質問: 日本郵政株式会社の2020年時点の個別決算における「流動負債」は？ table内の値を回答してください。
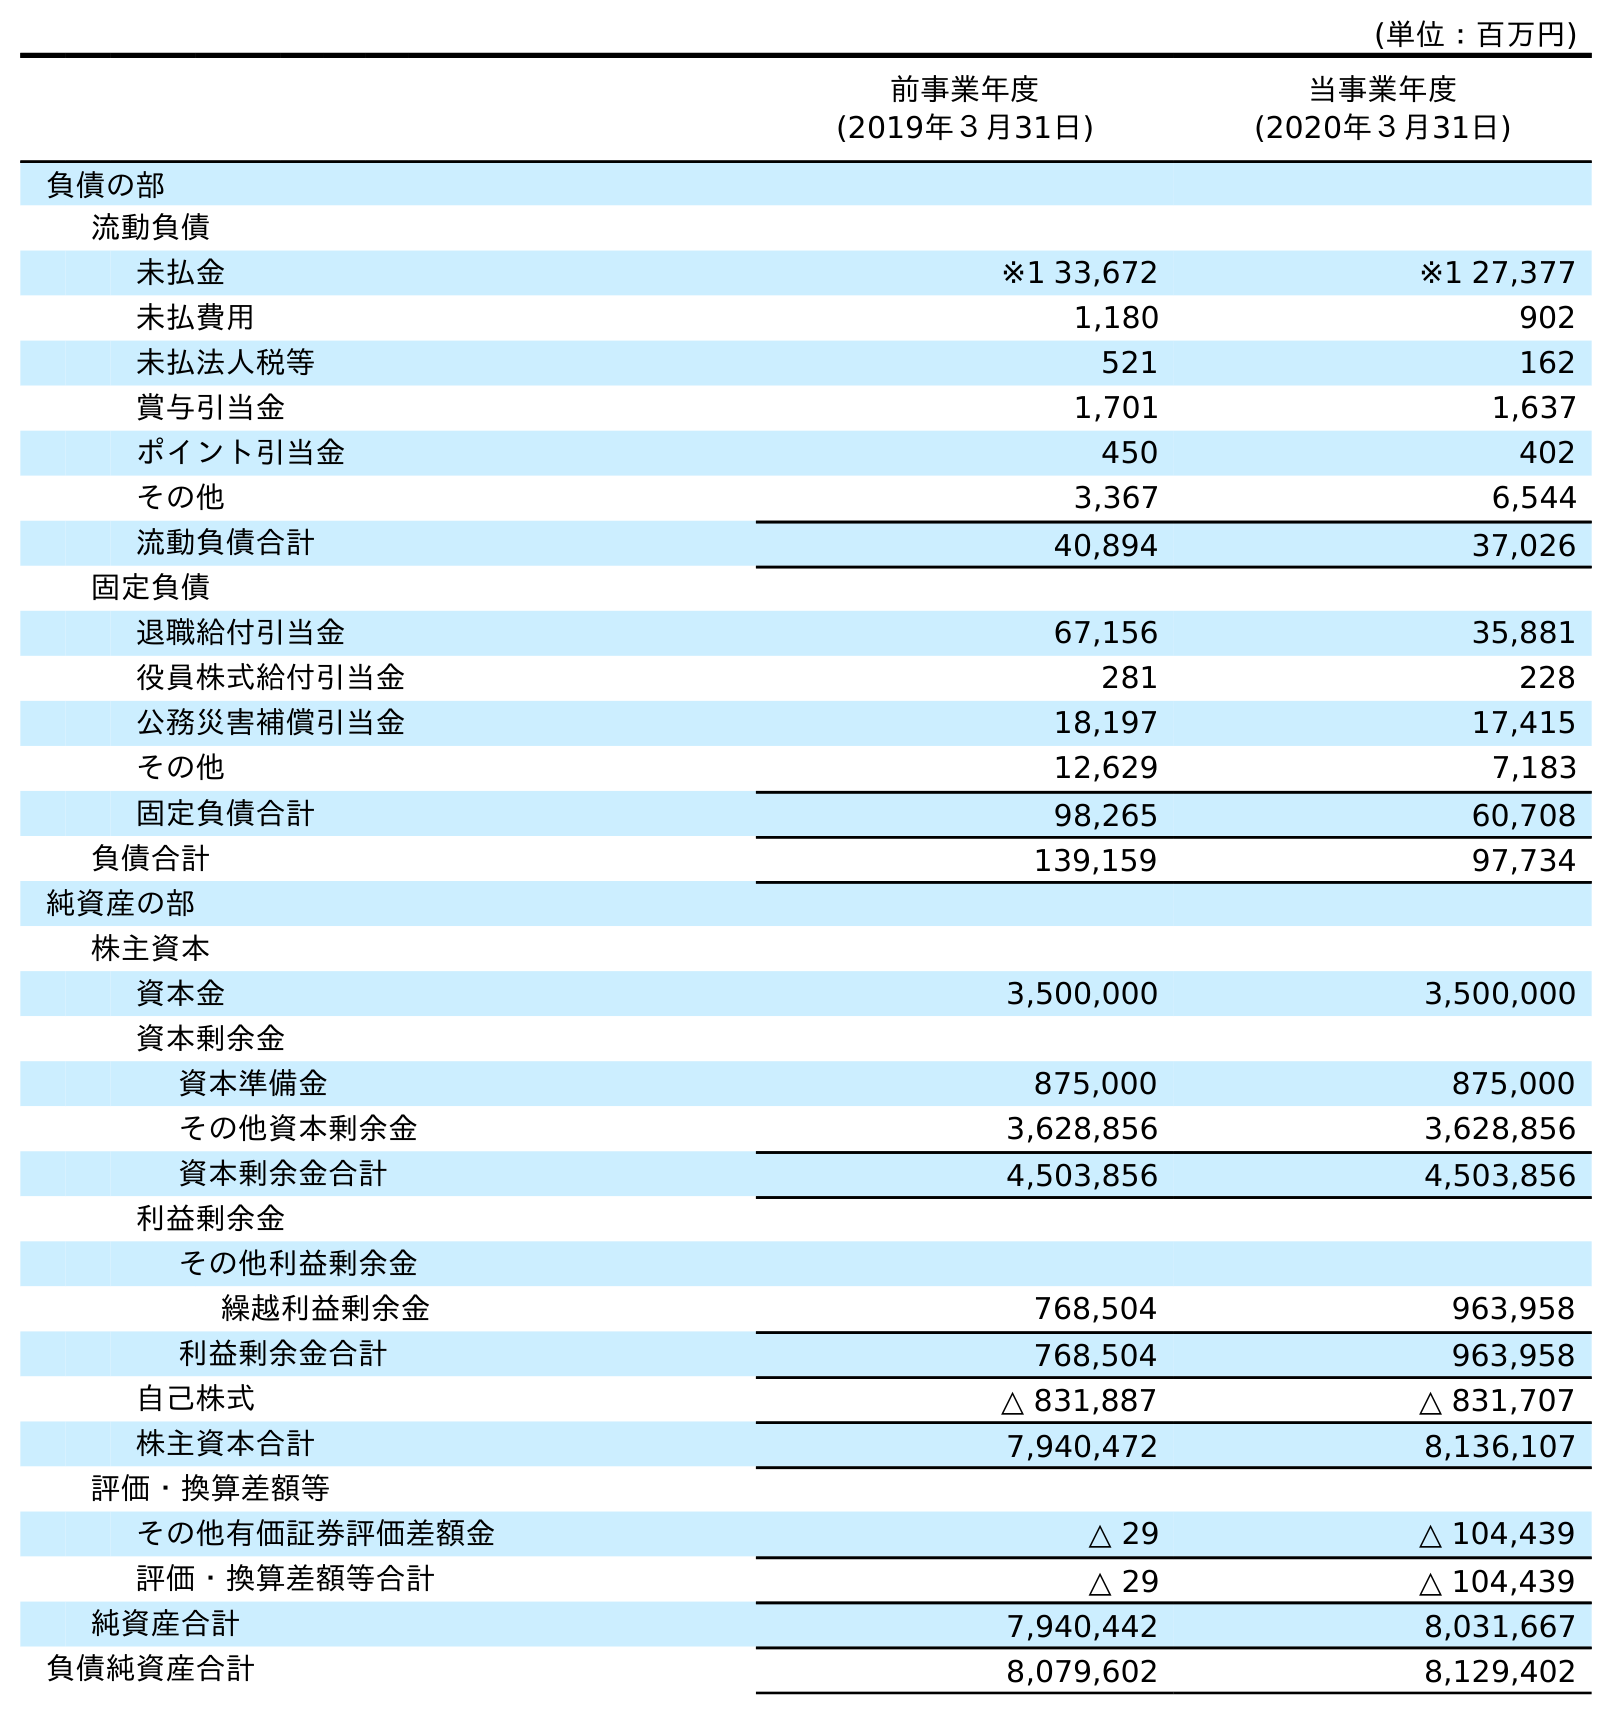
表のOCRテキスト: (単位：百万円) 前事業年度 (2019年３月31日) 当事業年度 (2020年３月31日) 負債の部 流動負債 未払金 ※1 33,672 ※1 27,377 未払費用 1,180 902 未払法人税等 521 162 賞与引当金 1,701 1,637 ポイント引当金 450 402 その他 3,367 6,544 流動負債合計 40,894 37,026 固定負債 退職給付引当金 67,156 35,881 役員株式給付引当金 281 228 公務災害補償引当金 18,197 17,415 その他 12,629 7,183 固定負債合計 98,265 60,708 負債合計 139,159 97,734 純資産の部 株主資本 資本金 3,500,000 3,500,000 資本剰余金 資本準備金 875,000 875,000 その他資本剰余金 3,628,856 3,628,856 資本剰余金合計 4,503,856 4,503,856 利益剰余金 その他利益剰余金 繰越利益剰余金 768,504 963,958 利益剰余金合計 768,504 963,958 自己株式 △ 831,887 △ 831,707 株主資本合計 7,940,472 8,136,107 評価・換算差額等 その他有価証券評価差額金 △ 29 △ 104,439 評価・換算差額等合計 △ 29 △ 104,439 純資産合計 7,940,442 8,031,667 負債純資産合計 8,079,602 8,129,402
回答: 37,026